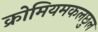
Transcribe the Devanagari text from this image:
क्रोमियमकलछुल